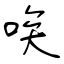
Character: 唉